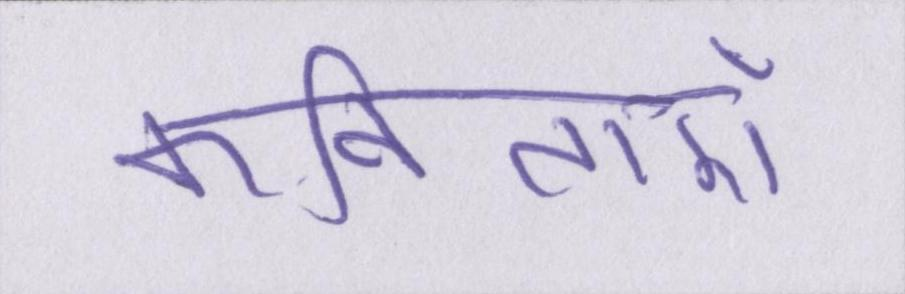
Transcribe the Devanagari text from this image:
कविताएँ